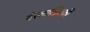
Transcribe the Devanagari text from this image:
वेस्टरडिजकी